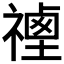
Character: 𥛡